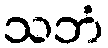
သဘံ